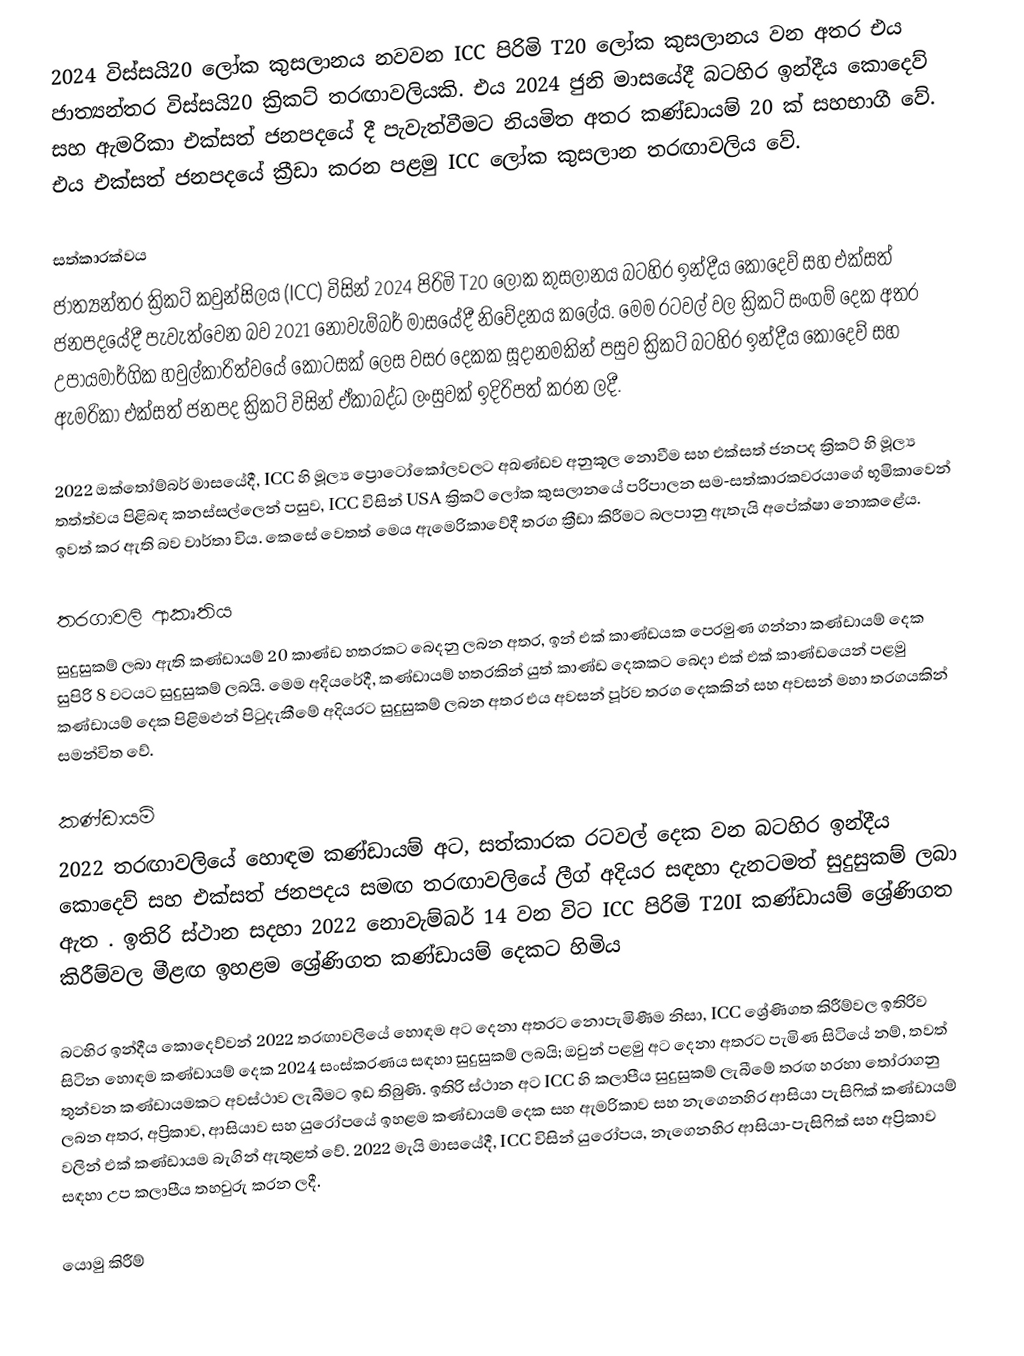
2024  විස්සයි20 ලෝක කුසලානය නවවන ICC පිරිමි T20 ලෝක කුසලානය වන අතර එය ජාත්‍යන්තර විස්සයි20 ක්‍රිකට් තරඟාවලියකි. එය 2024 ජුනි මාසයේදී බටහිර ඉන්දීය කොදෙව් සහ ඇමරිකා එක්සත් ජනපදයේ දී පැවැත්වීමට නියමිත අතර කණ්ඩායම් 20 ක් සහභාගී වේ. එය එක්සත් ජනපදයේ ක්‍රීඩා කරන පළමු ICC ලෝක කුසලාන තරඟාවලිය වේ.

සත්කාරක්වය
ජාත්‍යන්තර ක්‍රිකට් කවුන්සිලය (ICC) විසින්  2024 පිරිමි T20 ලෝක කුසලානය බටහිර ඉන්දීය කොදෙව් සහ එක්සත් ජනපදයේදී පැවැත්වෙන බව 2021 නොවැම්බර් මාසයේදී නිවේදනය කලේය.  මෙම රටවල් වල ක්‍රිකට් සංගම් දෙක අතර උපායමාර්ගික හවුල්කාරිත්වයේ කොටසක් ලෙස වසර දෙකක සූදානමකින් පසුව ක්‍රිකට් බටහිර ඉන්දීය කොදෙව් සහ ඇමරිකා එක්සත් ජනපද ක්‍රිකට් විසින් ඒකාබද්ධ ලංසුවක් ඉදිරිපත් කරන ලදී.

2022 ඔක්තෝම්බර් මාසයේදී, ICC හි මූල්‍ය ප්‍රොටෝකෝලවලට අඛණ්ඩව අනුකූල නොවීම සහ එක්සත් ජනපද ක්‍රිකට් හි මූල්‍ය තත්ත්වය පිළිබඳ කනස්සල්ලෙන් පසුව, ICC විසින් USA ක්‍රිකට් ලෝක කුසලානයේ පරිපාලන සම-සත්කාරකවරයාගේ භූමිකාවෙන් ඉවත් කර ඇති බව වාර්තා විය. කෙසේ වෙතත් මෙය ඇමෙරිකාවේදී තරග ක්‍රීඩා කිරීමට බලපානු ඇතැයි අපේක්ෂා නොකළේය.

තරගාවලි ආකෘතිය
සුදුසුකම් ලබා ඇති කණ්ඩායම් 20 කාණ්ඩ හතරකට බෙදනු ලබන අතර, ඉන් එක් කාණ්ඩයක පෙරමුණ ගන්නා කණ්ඩායම් දෙක සුපිරි 8 වටයට සුදුසුකම් ලබයි. මෙම අදියරේදී, කණ්ඩායම් හතරකින් යුත් කාණ්ඩ දෙකකට බෙදා  එක් එක් කාණ්ඩයෙන් පළමු කණ්ඩායම් දෙක පිළිමළුන් පිටුදැකීමේ අදියරට සුදුසුකම් ලබන අතර එය අවසන් පූර්ව තරග දෙකකින් සහ අවසන් මහා තරගයකින් සමන්විත වේ.

කණ්ඩායම්
2022 තරඟාවලියේ හොඳම කණ්ඩායම් අට, සත්කාරක රටවල් දෙක වන බටහිර ඉන්දීය කොදෙව් සහ එක්සත් ජනපදය සමඟ තරඟාවලියේ ලීග් අදියර සඳහා දැනටමත් සුදුසුකම් ලබා ඇත . ඉතිරි ස්ථාන සදහා 2022 නොවැම්බර් 14 වන විට ICC පිරිමි T20I කණ්ඩායම් ශ්‍රේණිගත කිරීම්වල මීළඟ ඉහළම ශ්‍රේණිගත කණ්ඩායම් දෙකට හිමි⁣ය

බටහිර ඉන්දීය කොදෙව්වන් 2022 තරඟාවලියේ හොඳම අට දෙනා අතරට නොපැමිණීම නිසා, ICC ශ්‍රේණිගත කිරීම්වල ඉතිරිව සිටින හොඳම කණ්ඩායම් දෙක 2024 සංස්කරණය සඳහා සුදුසුකම් ලබයි; ඔවුන් පළමු අට දෙනා අතරට පැමිණ සිටියේ නම්, තවත් තුන්වන කණ්ඩායමකට අවස්ථාව ලැබීමට ඉඩ තිබුණි.  ඉතිරි ස්ථාන අට ICC හි කලාපීය සුදුසුකම් ලැබීමේ තරඟ හරහා තෝරාගනු ලබන අතර, අප්‍රිකාව, ආසියාව සහ යුරෝපයේ ඉහළම කණ්ඩායම් දෙක සහ ඇමරිකාව සහ නැගෙනහිර ආසියා පැසිෆික් කණ්ඩායම් වලින් එක් කණ්ඩායම බැගින් ඇතුළත් වේ.  2022 මැයි මාසයේදී, ICC විසින් යුරෝපය, නැගෙනහිර ආසියා-පැසිෆික් සහ අප්‍රිකාව සඳහා උප කලාපීය තහවුරු කරන ලදී.

යොමු කිරීම්